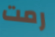
رمت